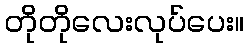
တိုတိုလေးလုပ်ပေး။